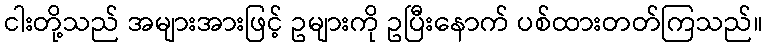
ငါးတို့သည် အများအားဖြင့် ဥများကို ဥပြီးနောက် ပစ်ထားတတ်ကြသည်။